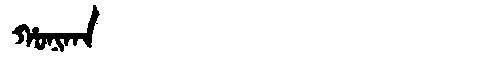
Manchu: ᡥᠣᠨᡳᡴᠠ
Romanization: HONIKA